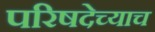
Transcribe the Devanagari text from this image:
परिषदेच्याच